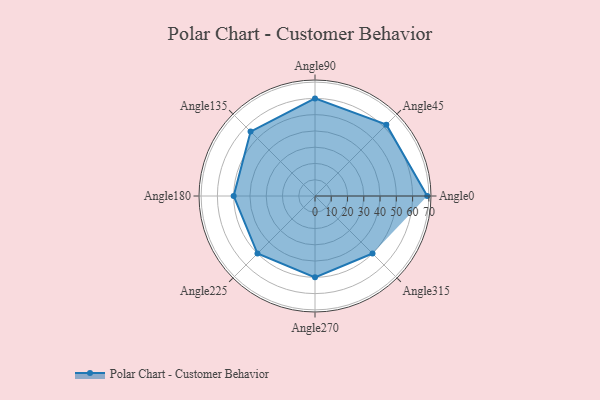
{"axis": {"x": "Angle", "y": "Radius"}, "legend": [""], "data": [{"x": "Angle0", "y": 69.0, "type": ""}, {"x": "Angle45", "y": 62.0, "type": ""}, {"x": "Angle90", "y": 60.0, "type": ""}, {"x": "Angle135", "y": 56.0, "type": ""}, {"x": "Angle180", "y": 50, "type": ""}, {"x": "Angle225", "y": 50, "type": ""}, {"x": "Angle270", "y": 50, "type": ""}, {"x": "Angle315", "y": 50, "type": ""}]}